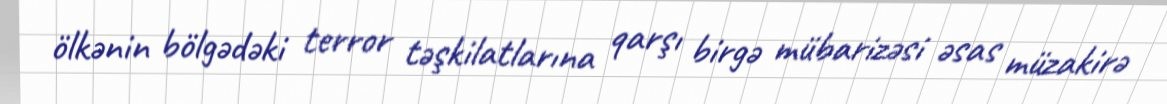
ölkənin bölgədəki terror təşkilatlarına qarşı birgə mübarizəsi əsas müzakirə